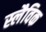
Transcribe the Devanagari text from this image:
स्लैविक